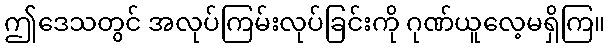
ဤဒေသတွင် အလုပ်ကြမ်းလုပ်ခြင်းကို ဂုဏ်ယူလေ့မရှိကြ။